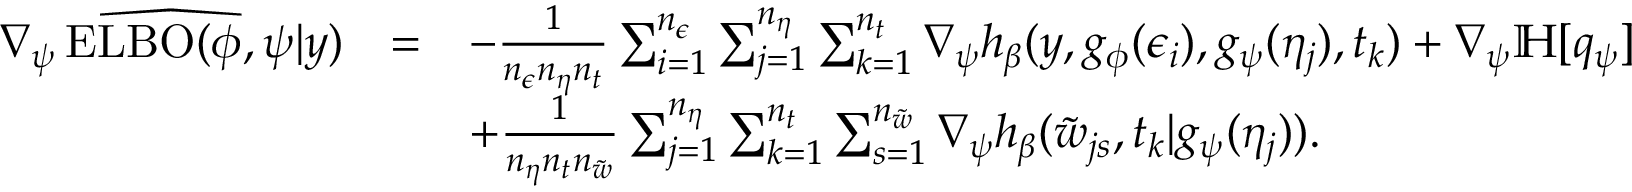
\begin{array} { c c l } { \widehat { \nabla _ { \psi } \operatorname { E L B O } ( \phi , \psi | y ) } } & { = } & { - \frac { 1 } { n _ { \epsilon } n _ { \eta } n _ { t } } \sum _ { i = 1 } ^ { n _ { \epsilon } } \sum _ { j = 1 } ^ { n _ { \eta } } \sum _ { k = 1 } ^ { n _ { t } } \nabla _ { \psi } h _ { \beta } ( y , g _ { \phi } ( \epsilon _ { i } ) , g _ { \psi } ( \eta _ { j } ) , t _ { k } ) + \nabla _ { \psi } \mathbb { H } [ q _ { \psi } ] } \\ & & { + \frac { 1 } { n _ { \eta } n _ { t } n _ { \tilde { w } } } \sum _ { j = 1 } ^ { n _ { \eta } } \sum _ { k = 1 } ^ { n _ { t } } \sum _ { s = 1 } ^ { n _ { \tilde { w } } } \nabla _ { \psi } h _ { \beta } ( \tilde { w } _ { j s } , t _ { k } | g _ { \psi } ( \eta _ { j } ) ) . } \end{array}